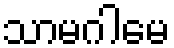
သာမဂါမေ